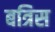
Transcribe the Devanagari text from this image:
बत्रिस